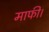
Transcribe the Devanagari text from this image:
माफी।